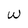
Character: w